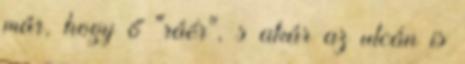
már, hogy ő "ráér", s akár az utcán is